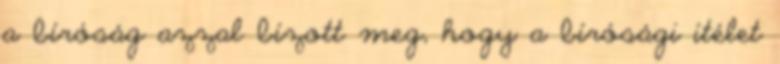
a bíróság azzal bízott meg, hogy a bírósági ítélet